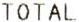
TOTAL